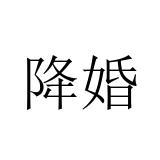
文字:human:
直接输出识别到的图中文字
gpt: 降婚